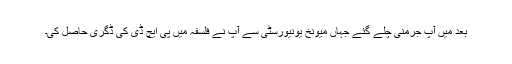
بعد میں آپ جرمنی چلے گئے جہاں میونخ یونیورسٹی سے آپ نے فلسفہ میں پی ایچ ڈی کی ڈگری حاصل کی۔